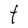
Character: t